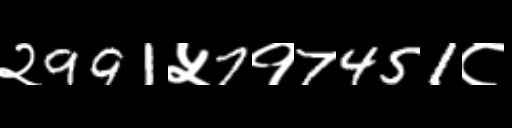
Text: २991५7१7451८